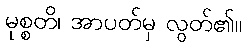
မုစ္စတိ၊ အာပတ်မှ လွတ်၏။